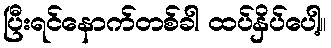
ပြီးရင်နောက်တစ်ခါ ထပ်နှိပ်ပေါ့။